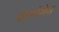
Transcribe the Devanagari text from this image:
प्रथमोल्लेख